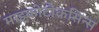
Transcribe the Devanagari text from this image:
माइकोटौकसिन्स